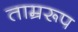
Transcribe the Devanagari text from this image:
ताम्ररूप